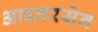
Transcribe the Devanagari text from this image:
आइनरसेन